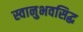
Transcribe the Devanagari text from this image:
स्वानुभवसिद्ध